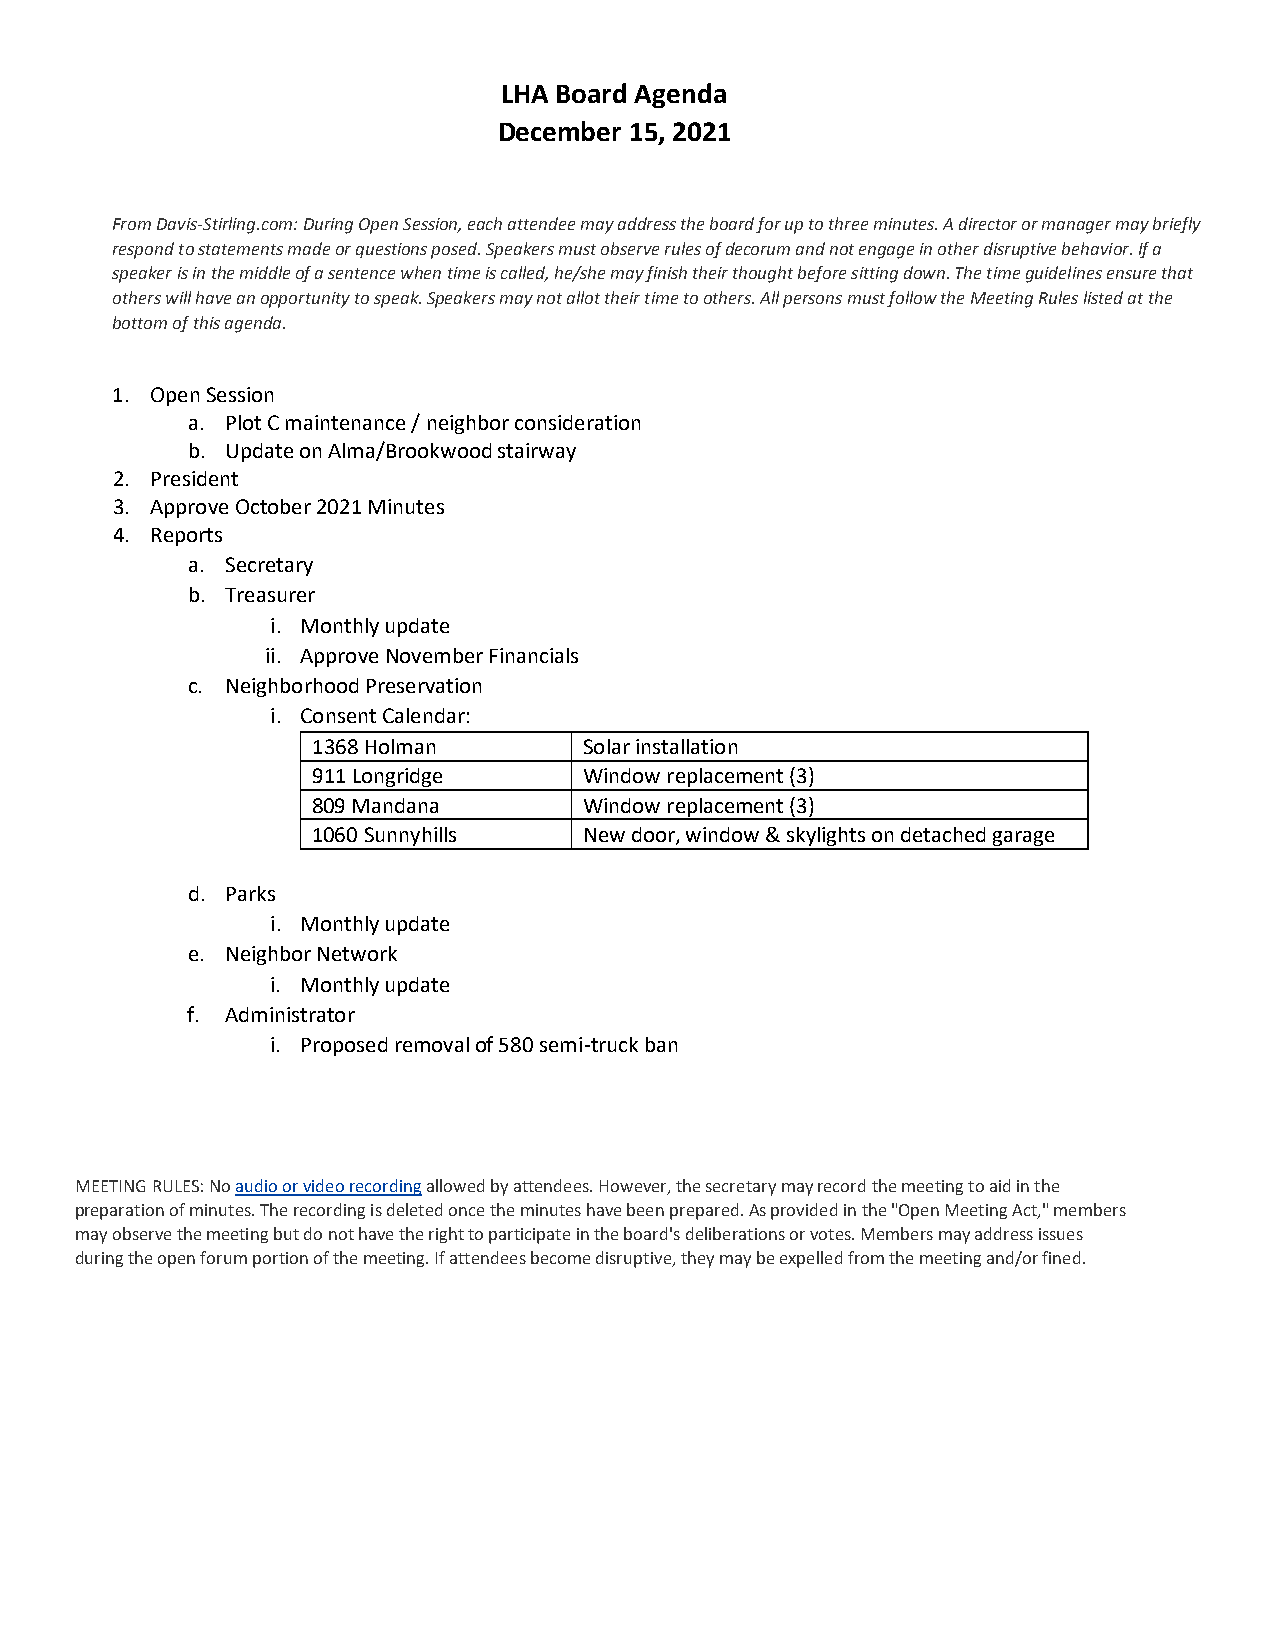
LHA Board Agenda
 December 15, 2021
 From Davis-Stirling.com: During Open Session, each attendee may address the board for up to three minutes. A director or manager may briefly
 respond to statements made or questions posed. Speakers must observe rules of decorum and not engage in other disruptive behavior. If a
 speaker is in the middle of a sentence when time is called, he/she may finish their thought before sitting down. The time guidelines ensure that
 others will have an opportunity to speak. Speakers may not allot their time to others. All persons must follow the Meeting Rules listed at the
 bottom of this agenda.
 1. Open Session
 a. Plot C maintenance / neighbor consideration
 b. Update on Alma/Brookwood stairway
 2. President
 3. Approve October 2021 Minutes
 4. Reports
 a. Secretary
 b. Treasurer
 i. Monthly update
 ii. Approve November Financials
 c. Neighborhood Preservation
 i. Consent Calendar:
 1368 Holman       Solar installation
 911 Longridge     Window replacement (3)
 809 Mandana       Window replacement (3)
 1060 Sunnyhills   New door, window & skylights on detached garage
 d. Parks
 i. Monthly update
 e. Neighbor Network
 i. Monthly update
 f. Administrator
 i. Proposed removal of 580 semi-truck ban
 MEETING RULES: No audio or video recording allowed by attendees. However, the secretary may record the meeting to aid in the
 preparation of minutes. The recording is deleted once the minutes have been prepared. As provided in the "Open Meeting Act," members
 may observe the meeting but do not have the right to participate in the board's deliberations or votes. Members may address issues
 during the open forum portion of the meeting. If attendees become disruptive, they may be expelled from the meeting and/or fined.